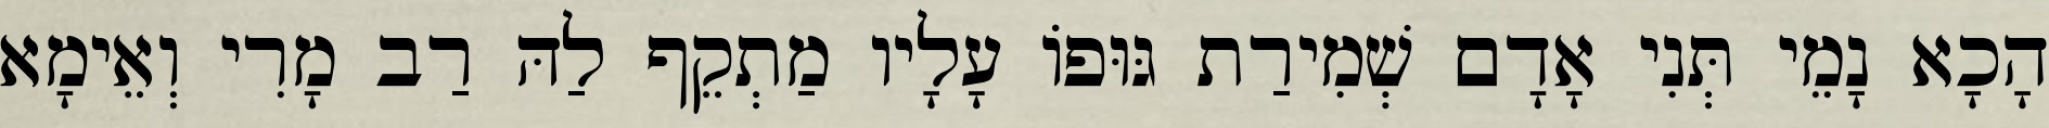
הָכָא נָמֵי תְּנִי אָדָם שְׁמִירַת גּוּפוֹ עָלָיו מַתְקֵף לַהּ רַב מָרִי וְאֵימָא